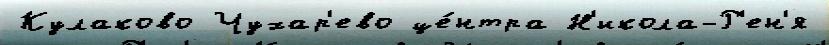
Кулаково Чухар'ево це́нтра Н'икола-Р'ен'я